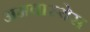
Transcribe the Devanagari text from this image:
अमवास्येस